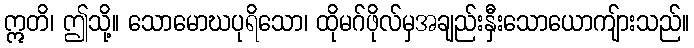
ဣတိ၊ ဤသို့။ သောမောဃပုရိသော၊ ထိုမဂ်ဖိုလ်မှအချည်းနှီးသောယောကျ်ားသည်။